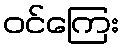
ဝင်ကြေး